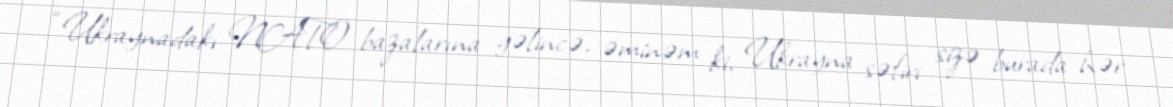
“Ukraynadakı NATO bazalarına gəlincə, əminəm ki, Ukrayna səfiri sizə burada hər